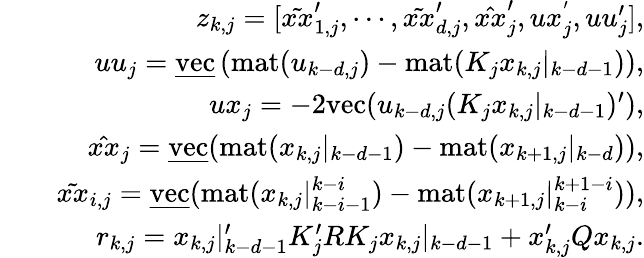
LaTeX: \begin{array}{rlr}&{}&{z_{k,j}=[\tilde{xx}_{1,j}^{\prime},\cdots,\tilde{xx}_{d,j}^{\prime},\hat{xx}_{j}^{\prime},ux_{j}^{'},uu_{j}^{\prime}],}\\ &{}&{uu_{j}=\underline{{\mathrm{vec}}}\left(\mathrm{mat}(u_{k-d,j})-\mathrm{mat}(K_{j}x_{k,j}|_{k-d-1})\right),}\\ &{}&{ux_{j}=-2\mathrm{vec}(u_{k-d,j}(K_{j}x_{k,j}|_{k-d-1})^{\prime}),}\\ &{}&{\hat{xx}_{j}=\underline{{\mathrm{vec}}}(\mathrm{mat}(x_{k,j}|_{k-d-1})-\mathrm{mat}(x_{k+1,j}|_{k-d})),}\\ &{}&{\tilde{xx}_{i,j}=\underline{{\mathrm{vec}}}(\mathrm{mat}(x_{k,j}|_{k-i-1}^{k-i})-\mathrm{mat}(x_{k+1,j}|_{k-i}^{k+1-i})),}\\ &{}&{r_{k,j}=x_{k,j}|_{k-d-1}^{\prime}K_{j}^{\prime}RK_{j}x_{k,j}|_{k-d-1}+x_{k,j}^{\prime}Qx_{k,j}.}\end{array}